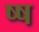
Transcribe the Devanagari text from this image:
ष्ष